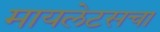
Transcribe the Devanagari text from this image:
मायलेटसचा